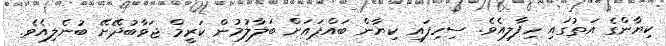
ކިޔާންގެ އަތުގައި ހިފާލިއެވެ. ސިހިފައި ކިޔާން ބައްޕައަށް ބަލާލުމުން ކަރީމް ޖަވާބުދޭށޭ ބުނެލިއެވެ.